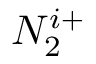
N _ { 2 } ^ { i + }